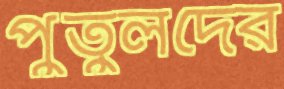
পুতুলদের